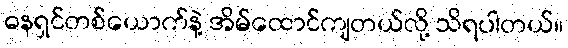
ဓနရှင်တစ်ယောက်နဲ့ အိမ်ထောင်ကျတယ်လို့ သိရပါတယ်။